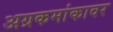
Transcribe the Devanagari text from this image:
अग्रकमांकावर